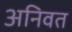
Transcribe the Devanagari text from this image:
अनिवत